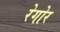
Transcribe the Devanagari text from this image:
रेगोर